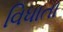
વિધાતા